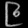
Digit: ၉